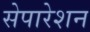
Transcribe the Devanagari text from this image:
सेपारेशन